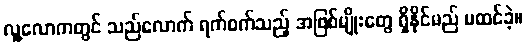
လူ့လောကတွင် သည်လောက် ရက်စက်သည့် အဖြစ်မျိုးတွေ ရှိနိုင်မည် မထင်ခဲ့။